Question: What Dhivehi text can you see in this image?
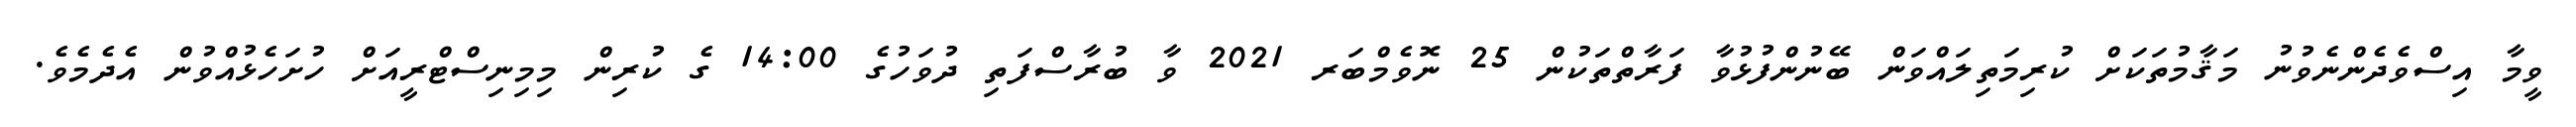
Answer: ވީމާ އިސްވެދެންނެވުނު މަޤާމުތަކަށް ކުރިމަތިލައްވަން ބޭނުންފުޅުވާ ފަރާތްތަކުން 25 ނޮވެމްބަރ 2021 ވާ ބުރާސްފަތި ދުވަހުގެ 14:00 ގެ ކުރިން މިމިނިސްޓްރީއަށް ހުށަހެޅުއްވުން އެދެމެވެ.